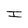
Character: I